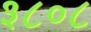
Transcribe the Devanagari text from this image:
३८०८